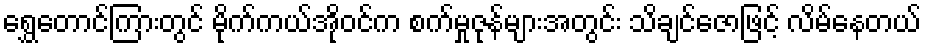
ရွှေတောင်ကြားတွင် မိုက်ကယ်အိုဝင်က စက်မှုဇုန်များအတွင်း သိချင်ဇောဖြင့် လိမ်နေတယ်